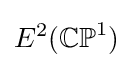
E^{2}(\mathbb {CP} ^{1})